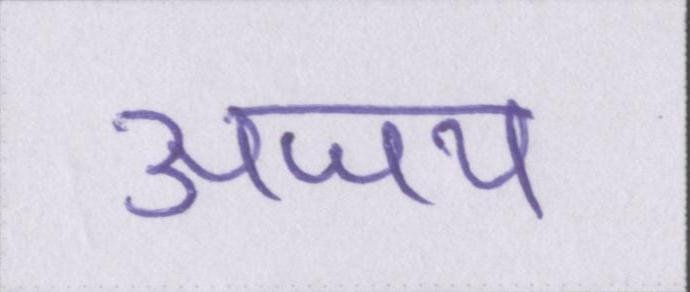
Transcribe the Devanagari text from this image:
अजय